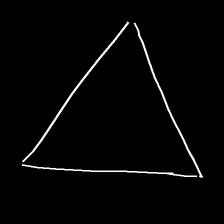
Glyph: convergence